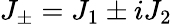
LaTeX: J_{\pm}=J_{1}\pm iJ_{2}